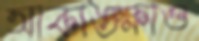
আকাঙ্ক্ষাও